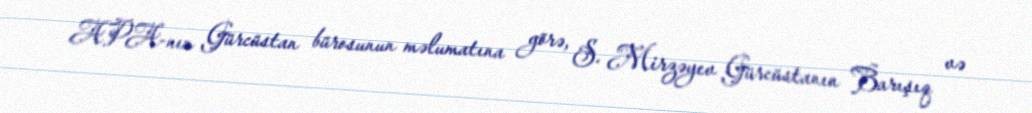
APA-nın Gürcüstan bürosunun məlumatına görə, S. Mirzəyev Gürcüstanın Barışıq və